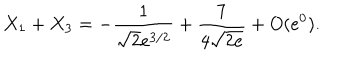
LaTeX: X _ { 1 } + X _ { 3 } = - { \frac { 1 } { \sqrt { 2 } e ^ { 3 / 2 } } } + { \frac { 7 } { 4 \sqrt { 2 e } } } + O ( e ^ { 0 } ) .